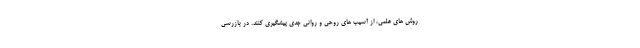
روش های علمی، از آسیب های روحی و روانی جدی پیشگیری کنند. در بازرسی